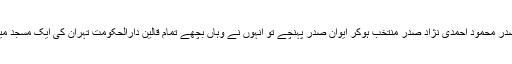
سابق ایرانی صدر محمود احمدی نژاد صدر منتخب ہوکر ایوانِ صدر پہنچے تو انہوں نے وہاں بچھے تمام قالین دارالحکومت تہران کی ایک مسجد میں بچھوا دیئے۔